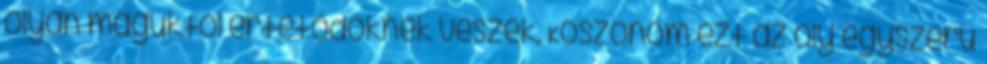
olyan maguktól értetődőknek veszek. Köszönöm ezt az oly egyszerű